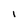
Character: I